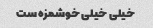
خیلی خیلی خوشمزه ست